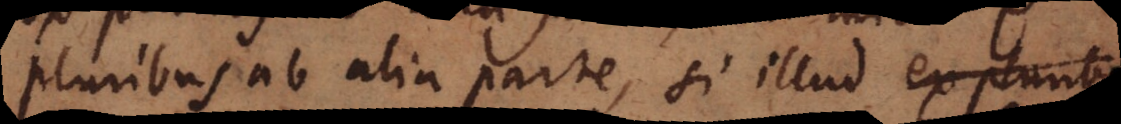
pluribus ab alia parte, si illud ex plunt